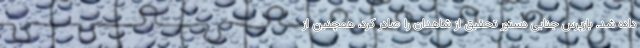
داده شد. بازپرس جنایی دستور تحقیق از شاهدان را صادر کرد، همچنین از